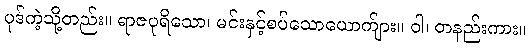
ပုဒ်ကဲ့သို့တည်း။ ရာဇပုရိသော၊ မင်းနှင့်စပ်သောယောက်ျား။ ဝါ၊ တနည်းကား။